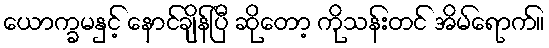
ယောက္ခမနှင့် နောင်ချိန်ပြီ ဆိုတော့ ကိုသန်းတင် အိမ်ရောက်။